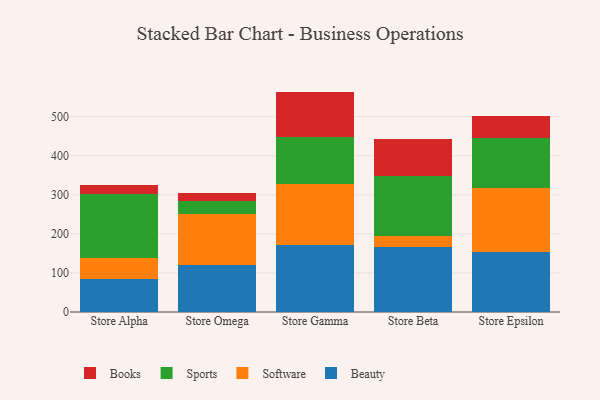
{"axis": {"x": "Store", "y": "Backlog"}, "legend": ["Beauty", "Books", "Software", "Sports"], "data": [{"x": "Store Alpha", "y": 85.5, "type": "Beauty"}, {"x": "Store Alpha", "y": 52.0, "type": "Software"}, {"x": "Store Alpha", "y": 164.9, "type": "Sports"}, {"x": "Store Alpha", "y": 21.5, "type": "Books"}, {"x": "Store Omega", "y": 121.0, "type": "Beauty"}, {"x": "Store Omega", "y": 130.9, "type": "Software"}, {"x": "Store Omega", "y": 32.9, "type": "Sports"}, {"x": "Store Omega", "y": 20.1, "type": "Books"}, {"x": "Store Gamma", "y": 170.7, "type": "Beauty"}, {"x": "Store Gamma", "y": 157.3, "type": "Software"}, {"x": "Store Gamma", "y": 119.5, "type": "Sports"}, {"x": "Store Gamma", "y": 116.6, "type": "Books"}, {"x": "Store Beta", "y": 167.2, "type": "Beauty"}, {"x": "Store Beta", "y": 27.6, "type": "Software"}, {"x": "Store Beta", "y": 152.3, "type": "Sports"}, {"x": "Store Beta", "y": 95.9, "type": "Books"}, {"x": "Store Epsilon", "y": 153.9, "type": "Beauty"}, {"x": "Store Epsilon", "y": 164.4, "type": "Software"}, {"x": "Store Epsilon", "y": 127.9, "type": "Sports"}, {"x": "Store Epsilon", "y": 56.4, "type": "Books"}]}